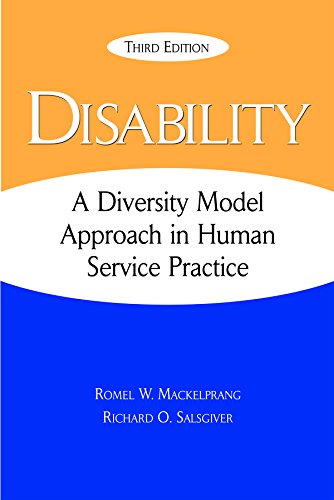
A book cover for Disability: A Diversity Model Approach in Human Service Practice; Romel W. Mackelprang; Medical Books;